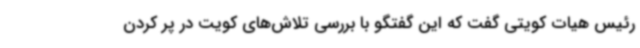
رئیس هیات کویتی گفت که این گفتگو با بررسی تلاش‌های کویت در پر کردن